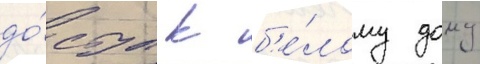
до́ступ к б'е́лому дому